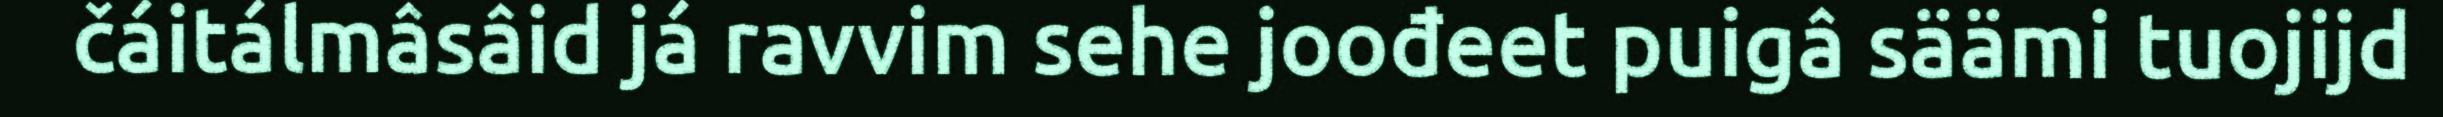
čáitálmâsâid já ravvim sehe joođeet puigâ säämi tuojijd